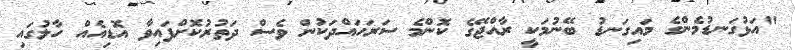
"އަޅުގަނޑުމެންގެ މައިގަނޑު ބޭނުމަކީ ރާއްޖޭގެ ކޮންމެ ސަރަހައްދަކުން ވެސް ދަތުރުކޮށްފައިވާ އޮޑިއެއް ހާލުގައި